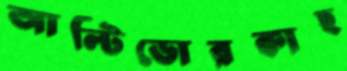
আল্টিডোরকাহ